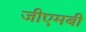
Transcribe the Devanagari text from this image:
जीएमबी